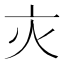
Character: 𬽄